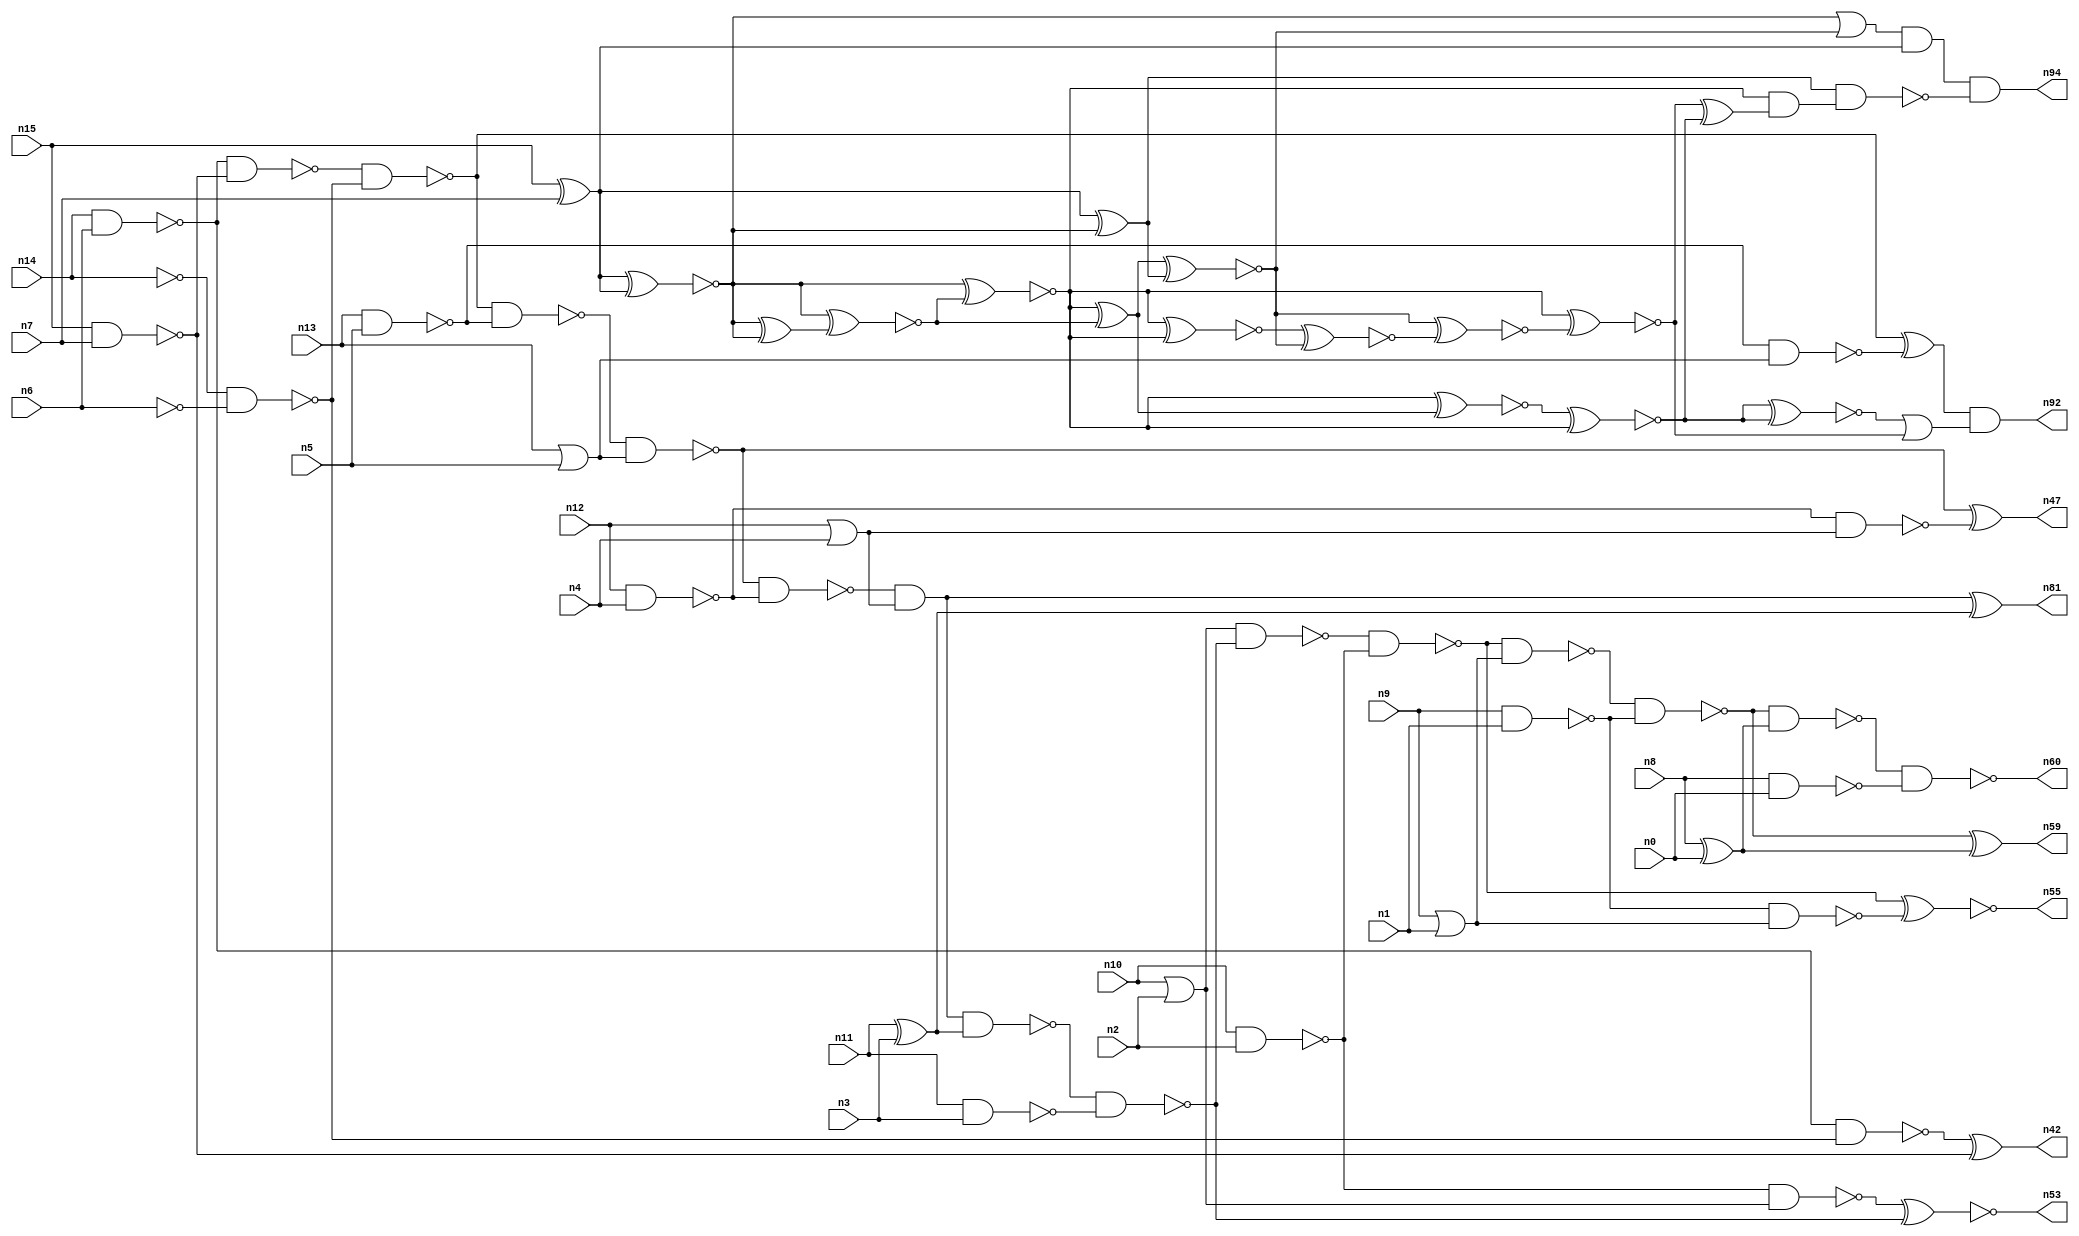
// This program was cloned from: https://github.com/umar-afzaal/ReCkt
// License: MIT License

// This file contains a pareto-optimal circuit with respect to power and the fault-resilince parameter p_fault which is defined as:
// "For all input vectors, the ratio of the no. of faults observable at the POs to the no. of total possible faults in the circuit".
// This code is part of the ReCkt library (https://github.com/umar-afzaal/ReCkt) distributed under The MIT License.
// When used, please cite the following article(s):
// U. Afzaal, A.S. Hassan, M. Usman and J.A. Lee, "On the Evolutionary Synthesis of Increased Fault-resilience Arithmetic Circuits".

// p_fault = 58.4 %    (Lower is better)
// gates = 78.0
// levels = 15
// area = 107.49    (For MCNC library relative to nand2)
// power = 537.2 uW    (Berkely-SIS for MCNC library @ Vdd=5V and 20 MHz clock)
// delay = 27.1 ns    (Berkely-ABC for MCNC library)
// PDP = 1.45581e-11 J

// Pin mapping:
// {n0, n1, n2, n3, n4, n5, n6, n7} = A[7:0]
// {n8, n9, n10, n11, n12, n13, n14, n15} = B[7:0]
// {n60, n59, n55, n53, n81, n47, n92, n42, n94} = O[8:0]

module addr8u_power_39 (
n0, n1, n2, n3, n4, n5, n6, n7, n8, n9, n10, n11, n12, n13, n14, n15, 
n60, n59, n55, n53, n81, n47, n92, n42, n94
);

input n0, n1, n2, n3, n4, n5, n6, n7, n8, n9, n10, n11, n12, n13, n14, n15;
output n60, n59, n55, n53, n81, n47, n92, n42, n94;
wire n30, n69, n68, n61, n79, n46, n18, n93, n45, n90, n56, n37, n80, n62, n40, n25, n85, n67, n22, n38, 
n57, n39, n70, n19, n34, n76, n26, n50, n29, n72, n35, n91, n24, n52, n63, n75, n49, n89, n74, n17, 
n65, n87, n51, n82, n78, n36, n20, n23, n83, n16, n66, n48, n21, n41, n54, n27, n33, n28, n58, n88, 
n71, n73, n31, n84, n44, n32, n77, n43, n64;

nand (n16, n9, n1);
not (n17, n6);
or (n18, n12, n4);
xor (n19, n8, n0);
or (n20, n10, n2);
xor (n21, n11, n3);
nor (n22, n9, n1);
nand (n23, n12, n4);
nand (n24, n14, n6);
nand (n25, n15, n7);
xor (n26, n15, n7);
not (n27, n14);
nand (n28, n11, n3);
nand (n29, n10, n2);
or (n30, n13, n5);
nand (n31, n13, n5);
nand (n32, n8, n0);
nand (n33, n23, n18);
nand (n34, n27, n17);
not (n35, n22);
nand (n36, n31, n30);
nand (n37, n24, n25);
nand (n38, n29, n20);
nand (n39, n37, n34);
nand (n40, n24, n34);
nand (n41, n16, n35);
xor (n42, n40, n25);
nand (n43, n39, n31);
xor (n44, n39, n36);
nand (n45, n43, n30);
nand (n46, n45, n23);
xor (n47, n45, n33);
and (n48, n46, n18);
xor (n49, n48, n21);
nand (n50, n48, n21);
nand (n51, n50, n28);
nand (n52, n20, n51);
xnor (n53, n38, n51);
nand (n54, n52, n29);
xnor (n55, n54, n41);
nand (n56, n54, n35);
nand (n57, n56, n16);
nand (n58, n57, n19);
xor (n59, n57, n19);
nand (n60, n58, n32);
xnor (n61, n26, n26);
xnor (n62, n26, n26);
xor (n63, n26, n61);
xnor (n64, n26, n26);
xnor (n65, n26, n26);
xor (n66, n64, n62);
xnor (n67, n61, n66);
xnor (n68, n26, n26);
xnor (n69, n66, n68);
xnor (n70, n65, n67);
xnor (n71, n62, n69);
and (n72, n26, n26);
xnor (n73, n67, n65);
xor (n74, n71, n67);
xnor (n75, n73, n74);
xnor (n76, n68, n69);
xnor (n77, n74, n63);
xnor (n78, n75, n70);
or (n79, n64, n77);
xnor (n80, n75, n76);
or (n81, n49, n49);
and (n82, n79, n72);
xnor (n83, n78, n78);
xnor (n84, n70, n73);
xnor (n85, n84, n77);
xnor (n87, n77, n85);
xnor (n88, n76, n87);
xor (n89, n88, n80);
or (n90, n83, n88);
and (n91, n71, n89);
and (n92, n44, n90);
nand (n93, n63, n91);
and (n94, n82, n93);

endmodule